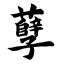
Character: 孽